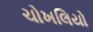
ચોખલિયો